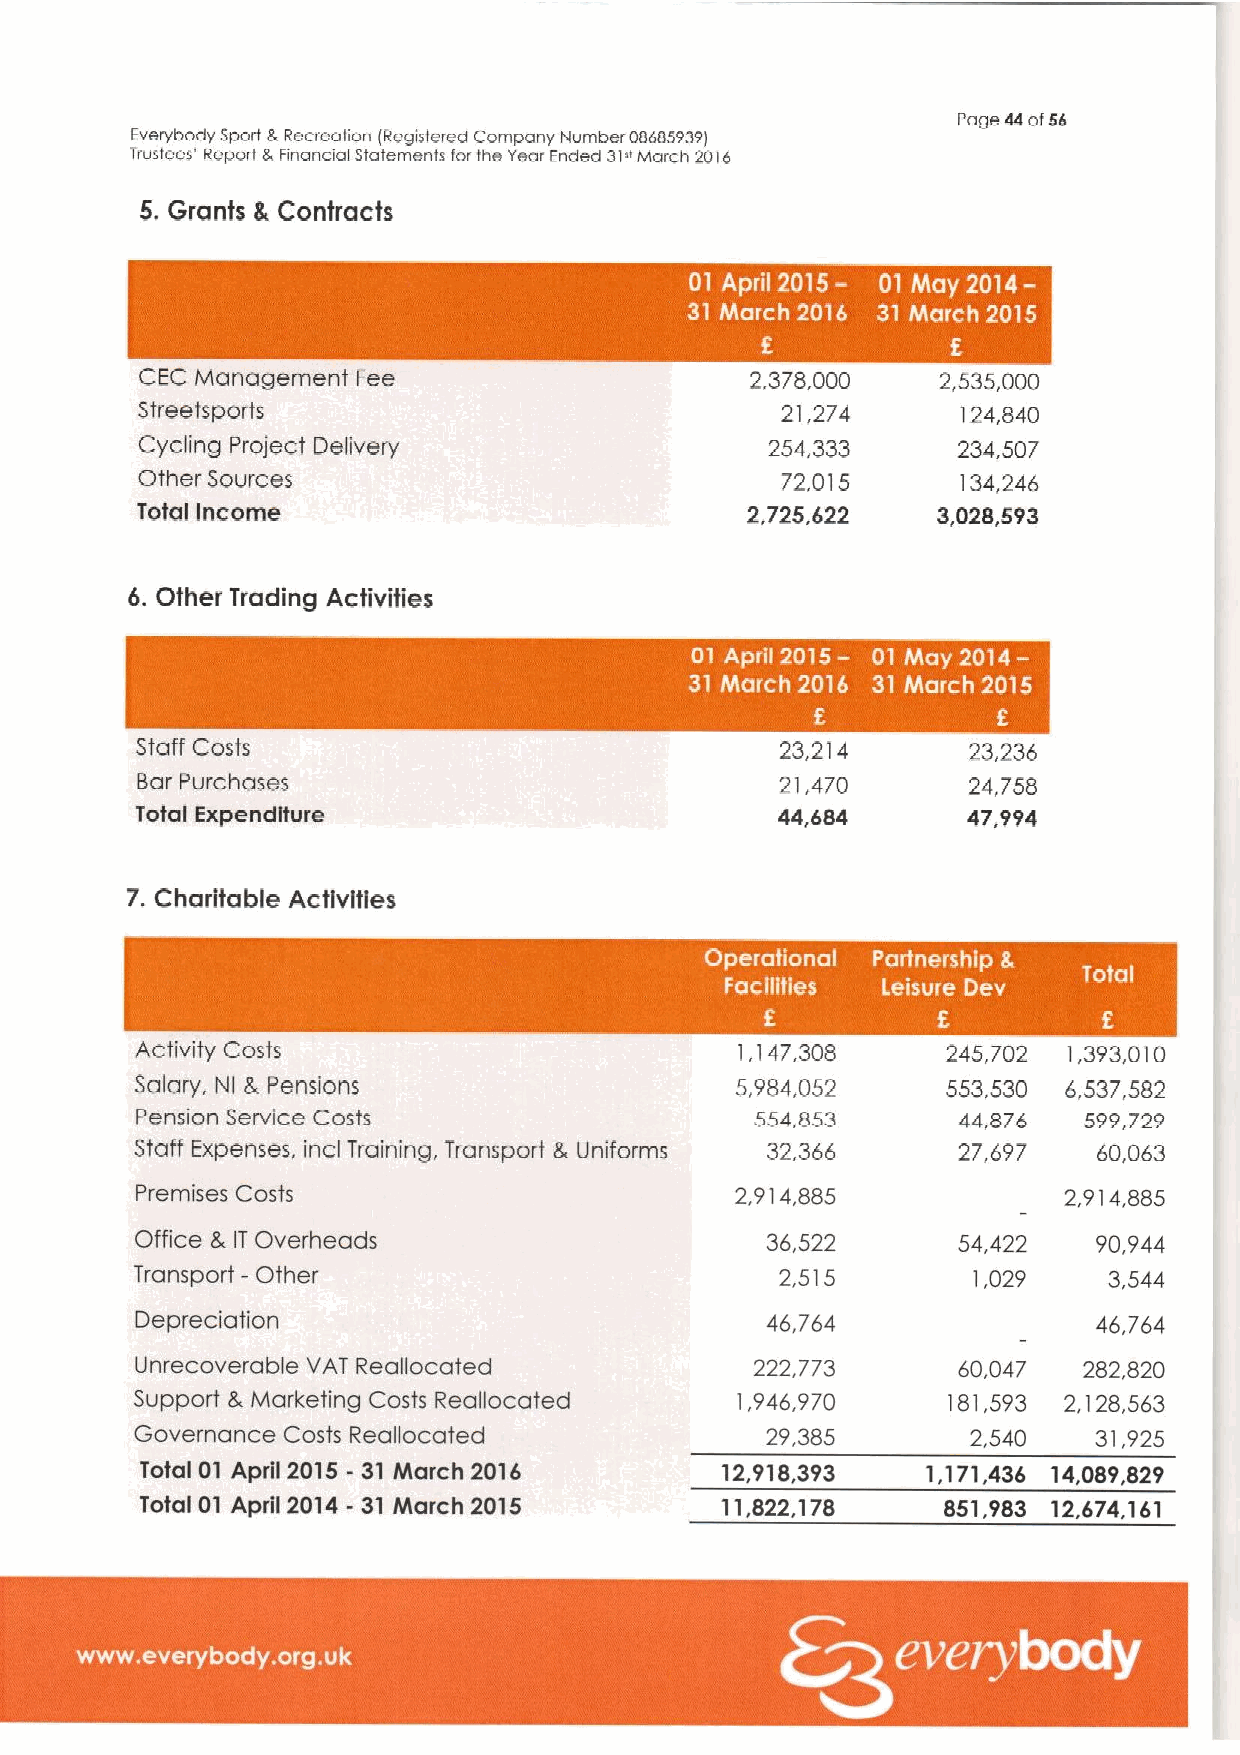
Foge eeof56
 Everybody Sport B,Recreation (Registered Company Number 08685939)
 Trustees' Report ts Financial statements for the Year Ended 31"March 9016
 5.Grants 8 Contracts
 I ' ~  I    I   ~  I
 ~    I
 CEC Management Fee                       2,378,000   2,535,000
 Streetsports                               21,274      124,840
 Cycling Project Delivery                  254,333     234,507
 Other Sources                              72,0i 5     34,246
 i
 Total income                            2,725,622    3,028,593
 6.Other Trading Activities
 ~   I
 Staff Costs                                23,214      23,236
 Bar Purchases                              2i,470      24,758
 Total Expenditure                         44,684       47,994
 7. Charitable Activities
 ~ -
 ~  ~ ~ ~   ~     ~
 Activity Costs                          i, 147,308    245,702 1,393,010
 Salary. Nl 8.Pensions                   5,984.052     553.530 6,537,582
 Pension Service Costs                    554,853       44v876  599,729
 Staff Expenses, incl Training, Transport 8, Uniforms 32,366 27,697 60,063
 Premises Costs                          2,914,885            2,914,885
 Office L IT Overheads                     36,522      54,422    90,944
 Transport —Other                           2,515       1,029    3,544
 Depreciation                              46,764                46,764
 Unrecoverable VAT Reallocated            222,773      60,047   282,820
 Support 8, Marketing Costs Reallocated  1,946,970     i81,593 2,i28,563
 Governance Costs Reallocated              29,385       2,540    31,925
 Total 01 April 2015 - 3T Ntarch 2016   12,918,393   1,171,436 14,089,829
 Total 01 Aprfl 2014- 31 Ntarch 2015    11,822,178     851,983 12.674,161
 ~ ~ ~